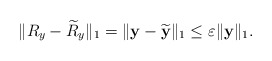
\begin{align*}\|R_{y}-\widetilde{R}_{y}\|_{1}=\|{\bf y}-\widetilde{\bf y}\|_{1}\leq\varepsilon\|{\bf y}\|_{1}.\end{align*}